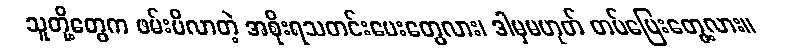
သူတို့တွေက ဖမ်းမိလာတဲ့ အစိုးရသတင်းပေးတွေလား၊ ဒါမှမဟုတ် တပ်ပြေးတွေ့လား။